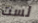
لست